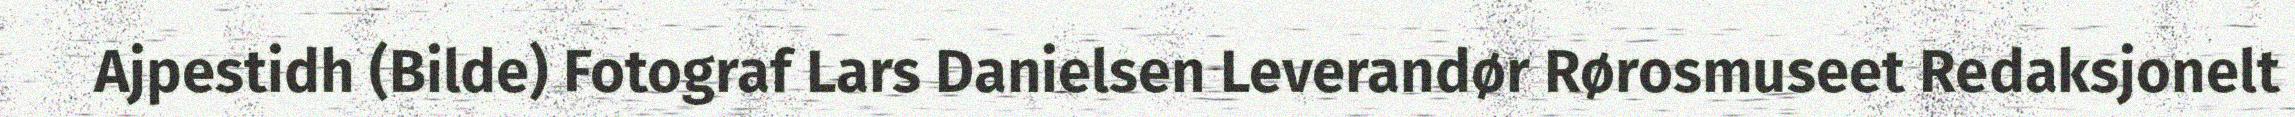
Ajpestidh (Bilde) Fotograf Lars Danielsen Leverandør Rørosmuseet Redaksjonelt